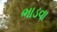
ભાડવા